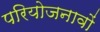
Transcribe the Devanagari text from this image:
परियोजनावों